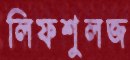
লিফশুলজ